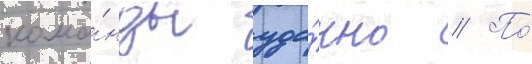
кома́нды уда́чно // По́